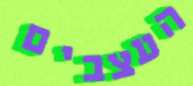
העצבים